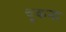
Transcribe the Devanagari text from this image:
चूकना